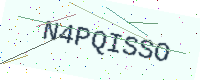
Text: N4PQISSO